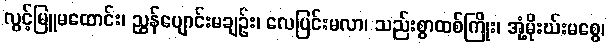
လွင့်မြူမထောင်း၊ ညွန်ပျောင်းမချဉ်း၊ လေပြင်းမလာ၊ သည်းစွာထစ်ကြိုး၊ အုံ့မိုးဃ်းမစွေ၊